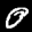
Label: 0